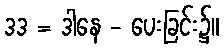
ဒဒ = ဒါနေ - ပေးခြင်း၌။